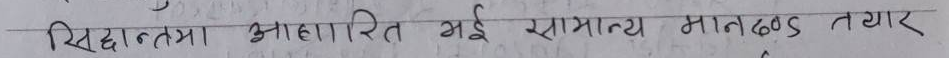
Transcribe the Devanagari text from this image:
सिद्धांतमा आधारित भई सामान्य मापदण्ड तयार